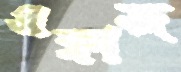
এফাজ